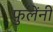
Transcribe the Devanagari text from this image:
फुलेंनी